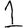
Digit: 1